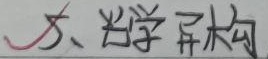
5、光学异构